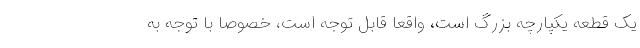
یک قطعه یکپارچه بزرگ است، واقعاً قابل توجه است، خصوصاً با توجه به